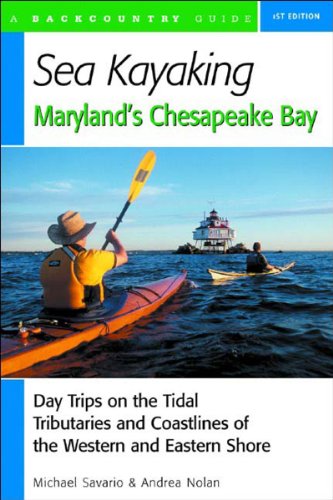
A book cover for Sea Kayaking Maryland's Chesapeake Bay: Day Trips on the Tidal Tributaries and Coastlines of the Western and Eastern Shore; Michael Savario; Sports & Outdoors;